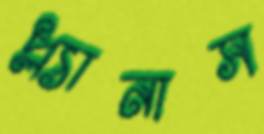
প্ল্যানাস